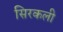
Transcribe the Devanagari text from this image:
सिरकली